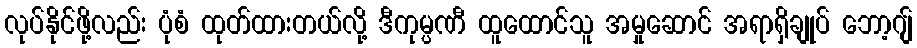
လုပ်နိုင်ဖို့လည်း ပုံစံ ထုတ်ထားတယ်လို့ ဒီကုမ္ပဏီ ထူထောင်သူ အမှုဆောင် အရာရှိချုပ် ဘော့ဂျ်